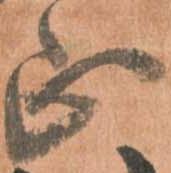
正